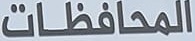
المحافظات